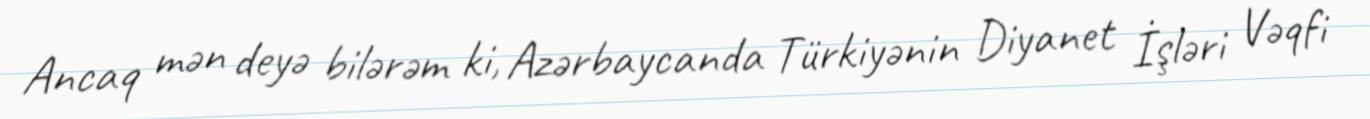
Ancaq mən deyə bilərəm ki, Azərbaycanda Türkiyənin Diyanet İşləri Vəqfi